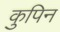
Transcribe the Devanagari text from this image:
कुपिन